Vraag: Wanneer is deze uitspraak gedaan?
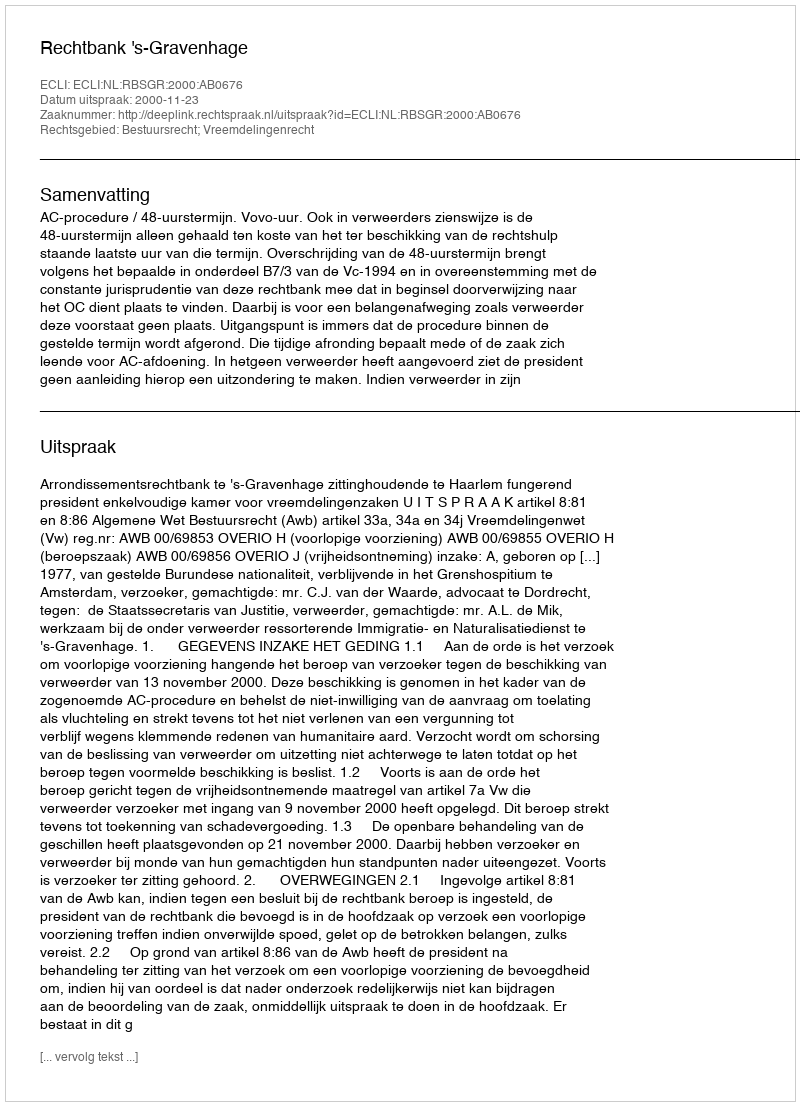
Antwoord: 2000-11-23